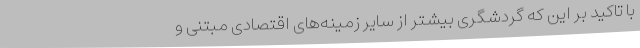
با تاکید بر این که گردشگری بیشتر از سایر زمینه‌های اقتصادی مبتنی و